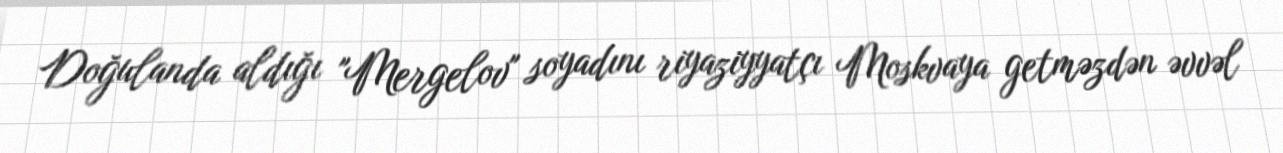
Doğulanda aldığı "Mergelov" soyadını riyaziyyatçı Moskvaya getməzdən əvvəl